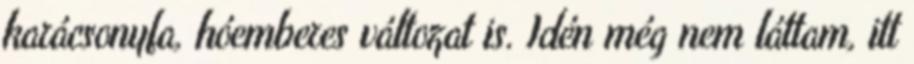
karácsonyfa, hóemberes változat is. Idén még nem láttam, itt